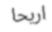
اريحا